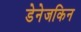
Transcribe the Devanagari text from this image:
डेनेजकिन